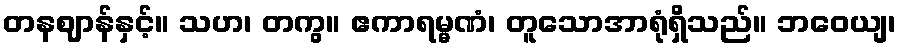
တနဈာန်နှင့်။ သဟ၊ တကွ။ ဧကာရမ္မဏံ၊ တူသောအာရုံရှိသည်။ ဘဝေယျ၊